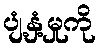
ပျံ့နှံ့မှုကို